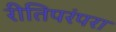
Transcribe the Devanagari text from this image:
रीतिपरंपरा